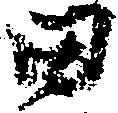
田